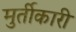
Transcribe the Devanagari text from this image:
मुर्तीकारी